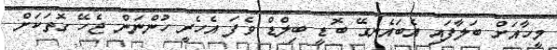
މީހާއަށް ބަލާފައި އެބައެނގޭ ބޮޑީ ބިލްޑް ވެފަ އެހެރީ ހުންނަން ޖެހޭ ގޮތަކަށް